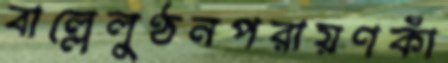
বাল্লেলুণ্ঠনপরায়ণকাঁ